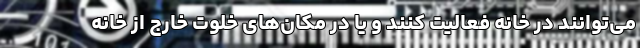
می‌توانند در خانه فعالیت کنند و یا در مکان‌های خلوت خارج از خانه